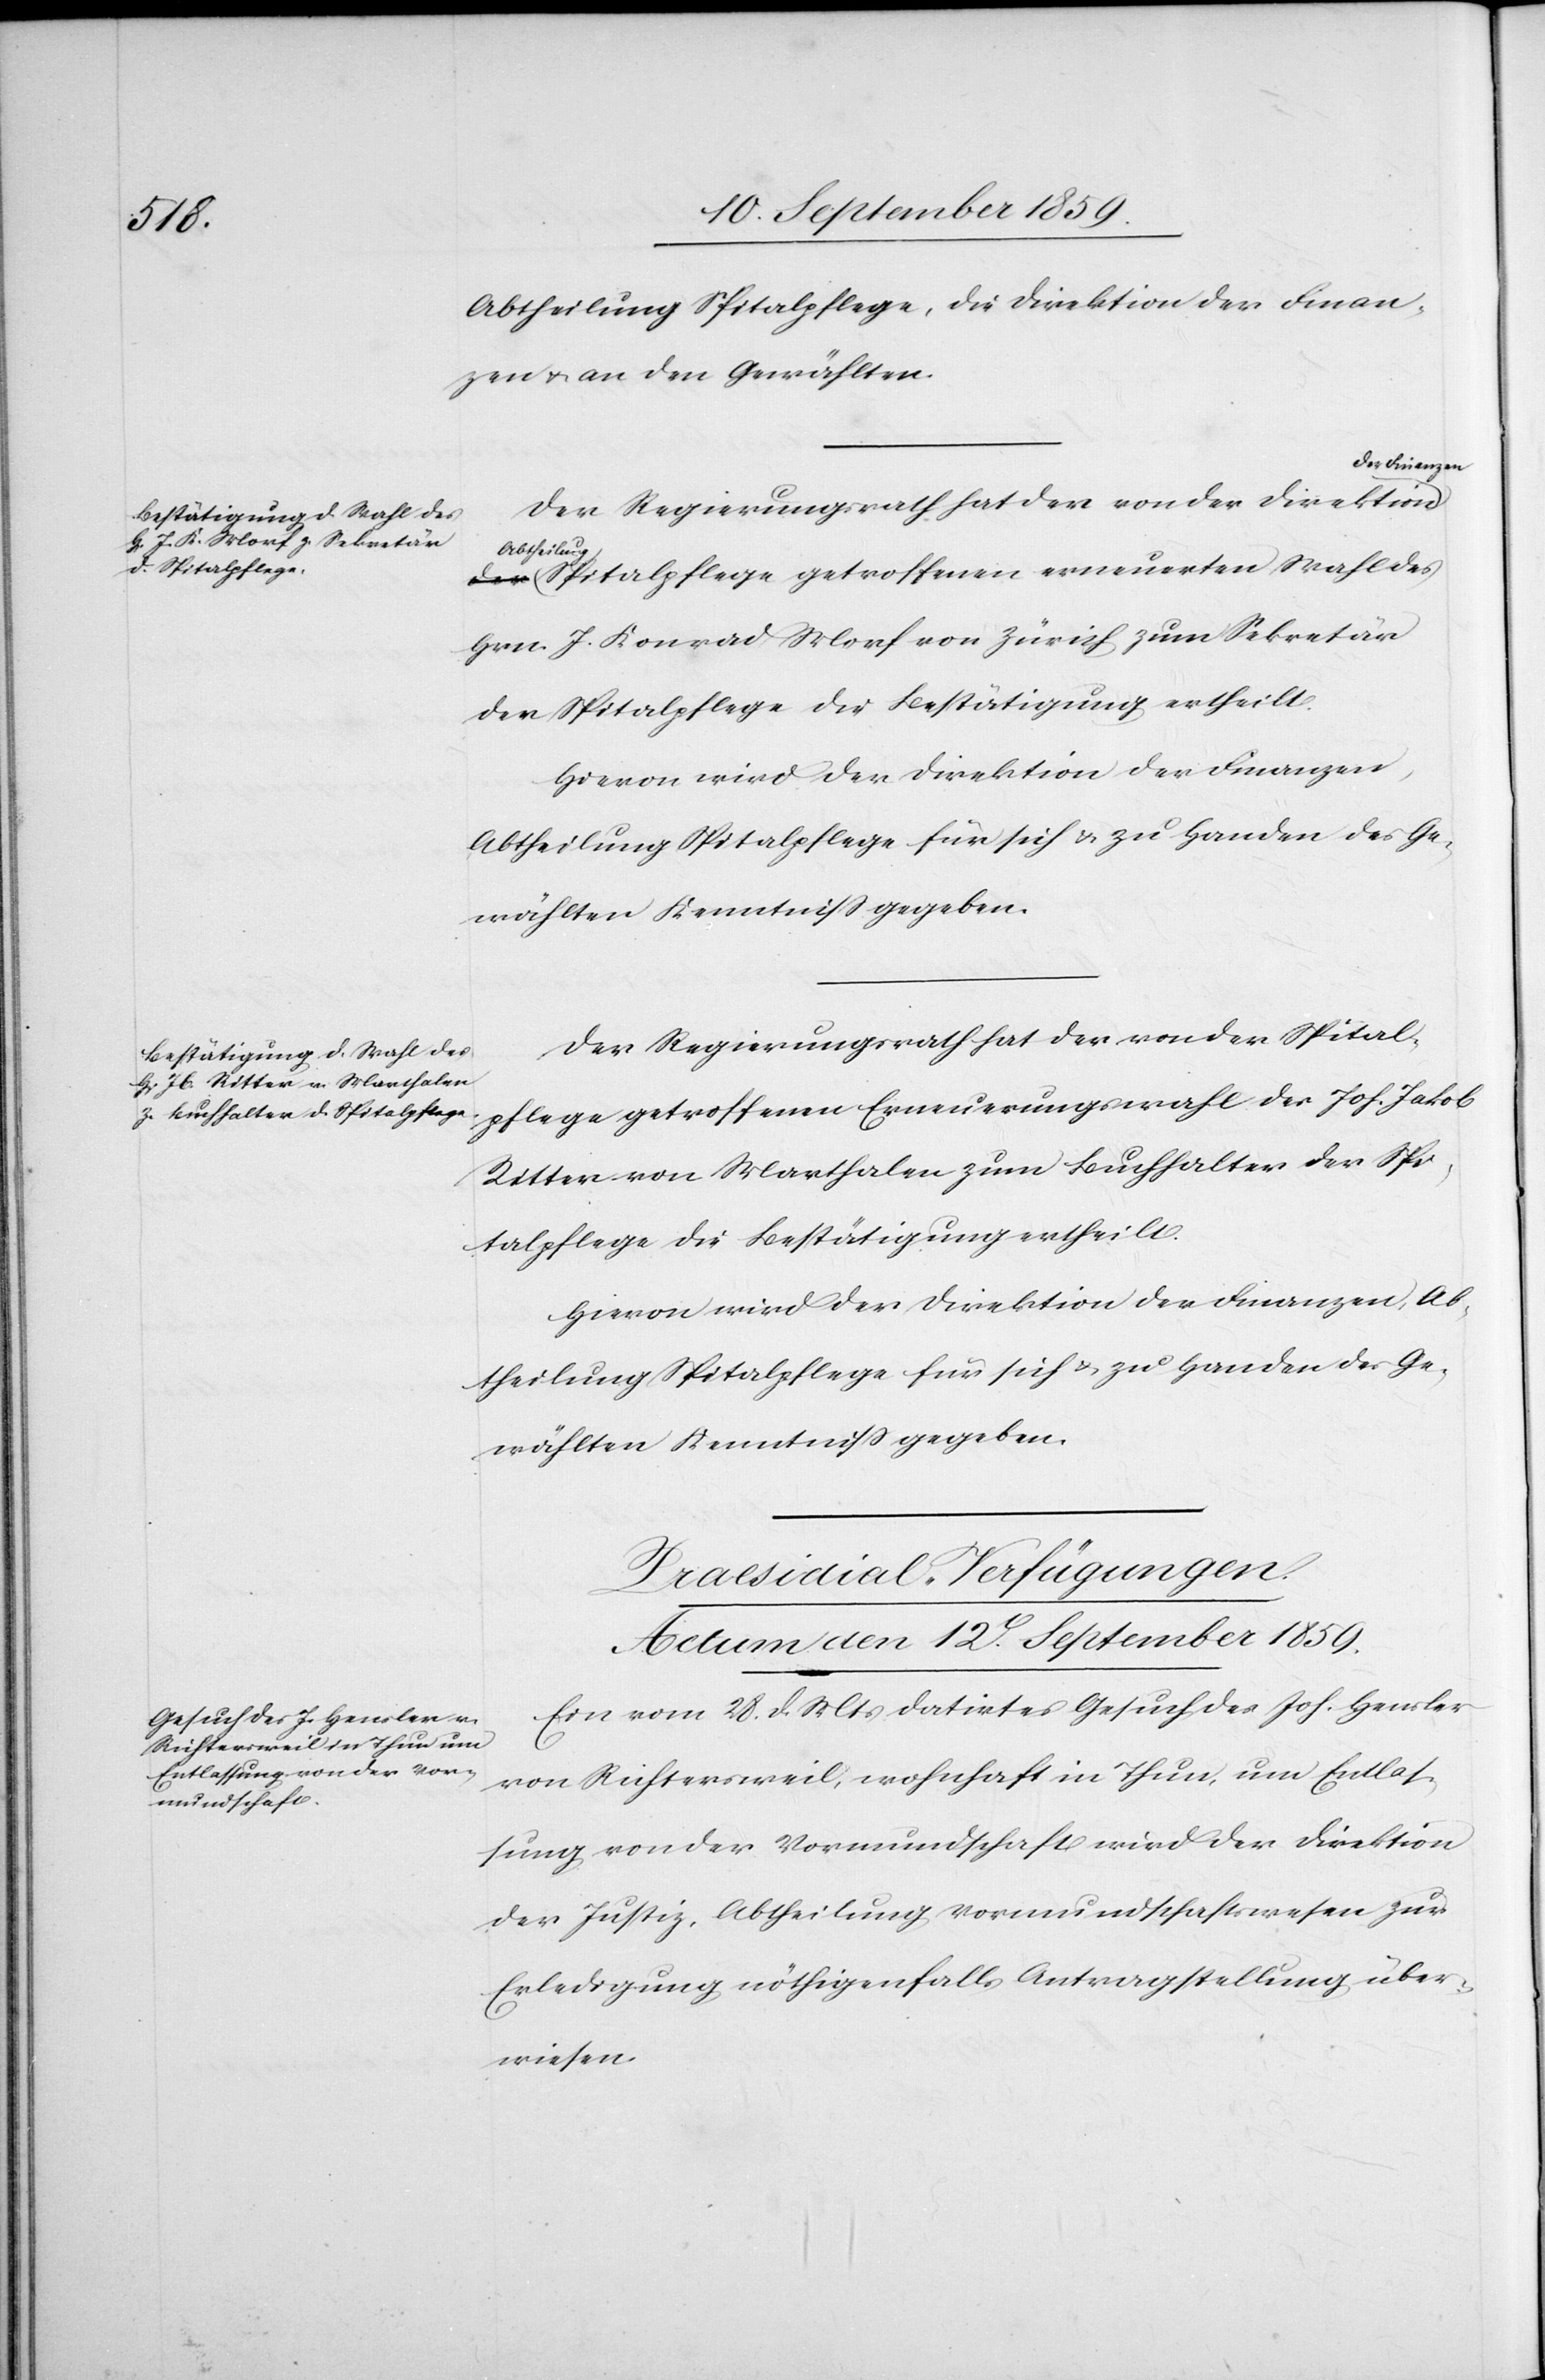
Abtheilung Spitalpflege, die Direktion der Finan¬
zen & an den Gewählten.
der Finanzen
Der Regierungsrath hat der von der Direktion
Abtheilun¬
g Spitalpflege getroffenen erneuerten Wahl des
Hrn. J. Konrad Morf von Zürich zum Sekretär
der Spitalpflege die Bestätigung ertheilt.
Hievon wird der Direktion der Finanzen,
Abtheilung Spitalpflege für sich & zu Handen des Ge¬
wählten Kenntniß gegeben.
Der Regierungsrath hat der von der Spital¬
pflege getroffenen Erneuerungswahl des Joh. [sic!]
Ritter von Marthalen zum Buchhalter der Spi¬
talpflege die Bestätigung ertheilt.
Hievon wird der Direktion der Finanzen, Ab¬
theilung Spitalpflege für sich & zu Handen des Ge¬
wählten Kenntniß gegeben.
Praesidial-Verfügungen.
Actum den 12t. September 1859.
Ein vom 28. d. Mts. datirtes Gesuch des Joh. Hensler
von Richtersweil, wohnhaft in Thun, um Entlas¬
sung von der Vormundschaft wird der Direktion
der Justiz, Abtheilung Vormundschaftswesen zur
Erledigung nöthigenfalls Antragstellung über¬
wiesen.